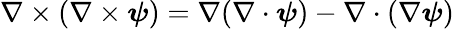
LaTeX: \nabla\times(\nabla\times\boldsymbol{\psi})=\nabla(\nabla\cdot\boldsymbol{\psi})-\nabla\cdot(\nabla\boldsymbol{\psi})